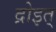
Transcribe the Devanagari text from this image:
द्रोइत्